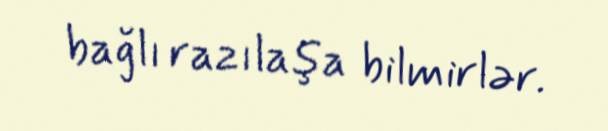
bağlı razılaşa bilmirlər.